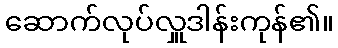
ဆောက်လုပ်လှူဒါန်းကုန်၏။